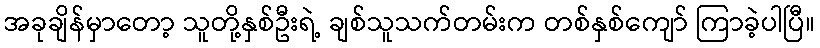
အခုချိန်မှာတော့ သူတို့နှစ်ဦးရဲ့ ချစ်သူသက်တမ်းက တစ်နှစ်ကျော် ကြာခဲ့ပါပြီ။